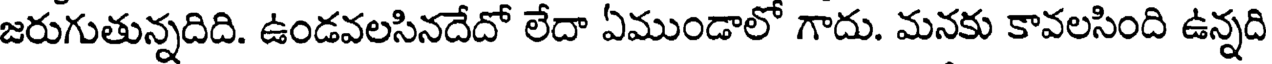
జరుగుతున్నదిది. ఉండవలసినదేదో లేదా ఏముండాలో గాదు. మనకు కావలసింది ఉన్నది